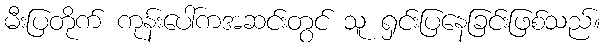
မီးပြတိုက် ကုန်းပေါ်ကအဆင်းတွင် သူ ရှင်းပြနေခြင်းဖြစ်သည်။